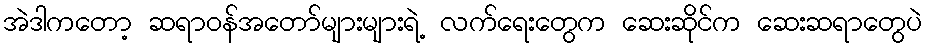
အဲဒါကတော့ ဆရာဝန်အတော်များများရဲ့ လက်ရေးတွေက ဆေးဆိုင်က ဆေးဆရာတွေပဲ